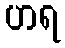
ဟရ